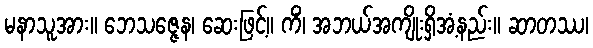
မနာသူအား။ ဘေသဇ္ဇေန၊ ဆေးဖြင့်။ ကိံ၊ အဘယ်အကျိုးရှိအံ့နည်း။ ဆာတဿ၊